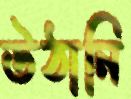
উঠানি